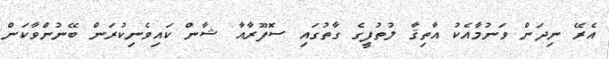
އެރޭ ނިދަން ވަނުމާއެކު އާތިޤާ ލުތުފީގެ ގާތުގައި ސޮފޫރާއާ ޝާން ކައިވެނިކުރަން ބޭނުންވާކަން